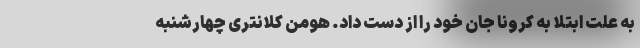
به علت ابتلا به کرونا جان خود را از دست داد. هومن کلانتری چهارشنبه